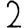
Digit: 2